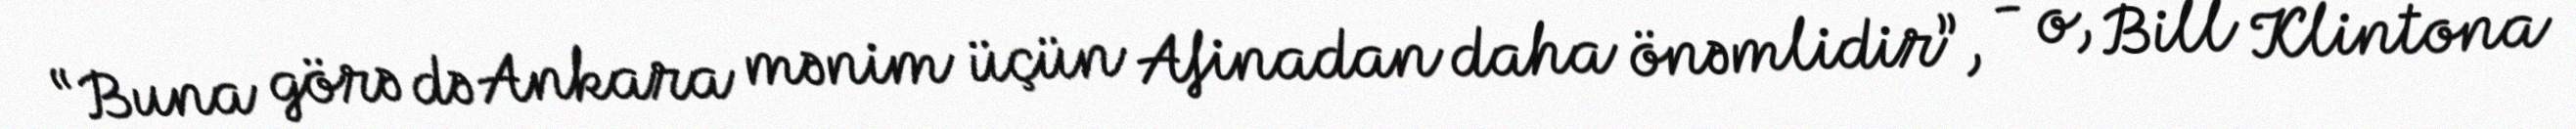
“Buna görə də Ankara mənim üçün Afinadan daha önəmlidir”, - o, Bill Klintona